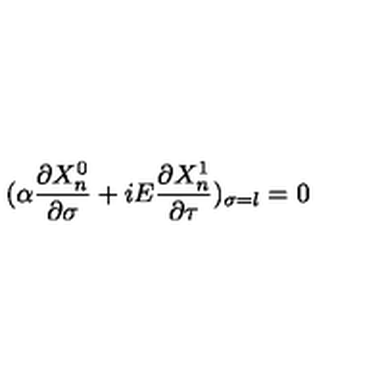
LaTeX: ( \alpha \frac { \partial X _ { n } ^ { 0 } } { \partial \sigma } + i E \frac { \partial X _ { n } ^ { 1 } } { \partial \tau } ) _ { \sigma = l } = 0